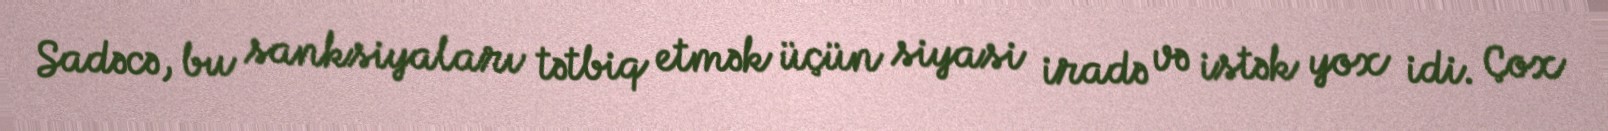
Sadəcə, bu sanksiyaları tətbiq etmək üçün siyasi iradə və istək yox idi. Çox